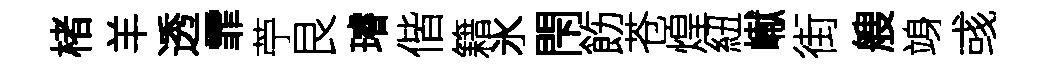
楮羊透霏苧艮璿偕籍氷閇飭苍煌紐𪩘街艘竧彧